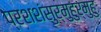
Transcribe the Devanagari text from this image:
प्रशशंसुर्मुहुर्मुहुः